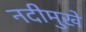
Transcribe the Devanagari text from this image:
नदीमुखे